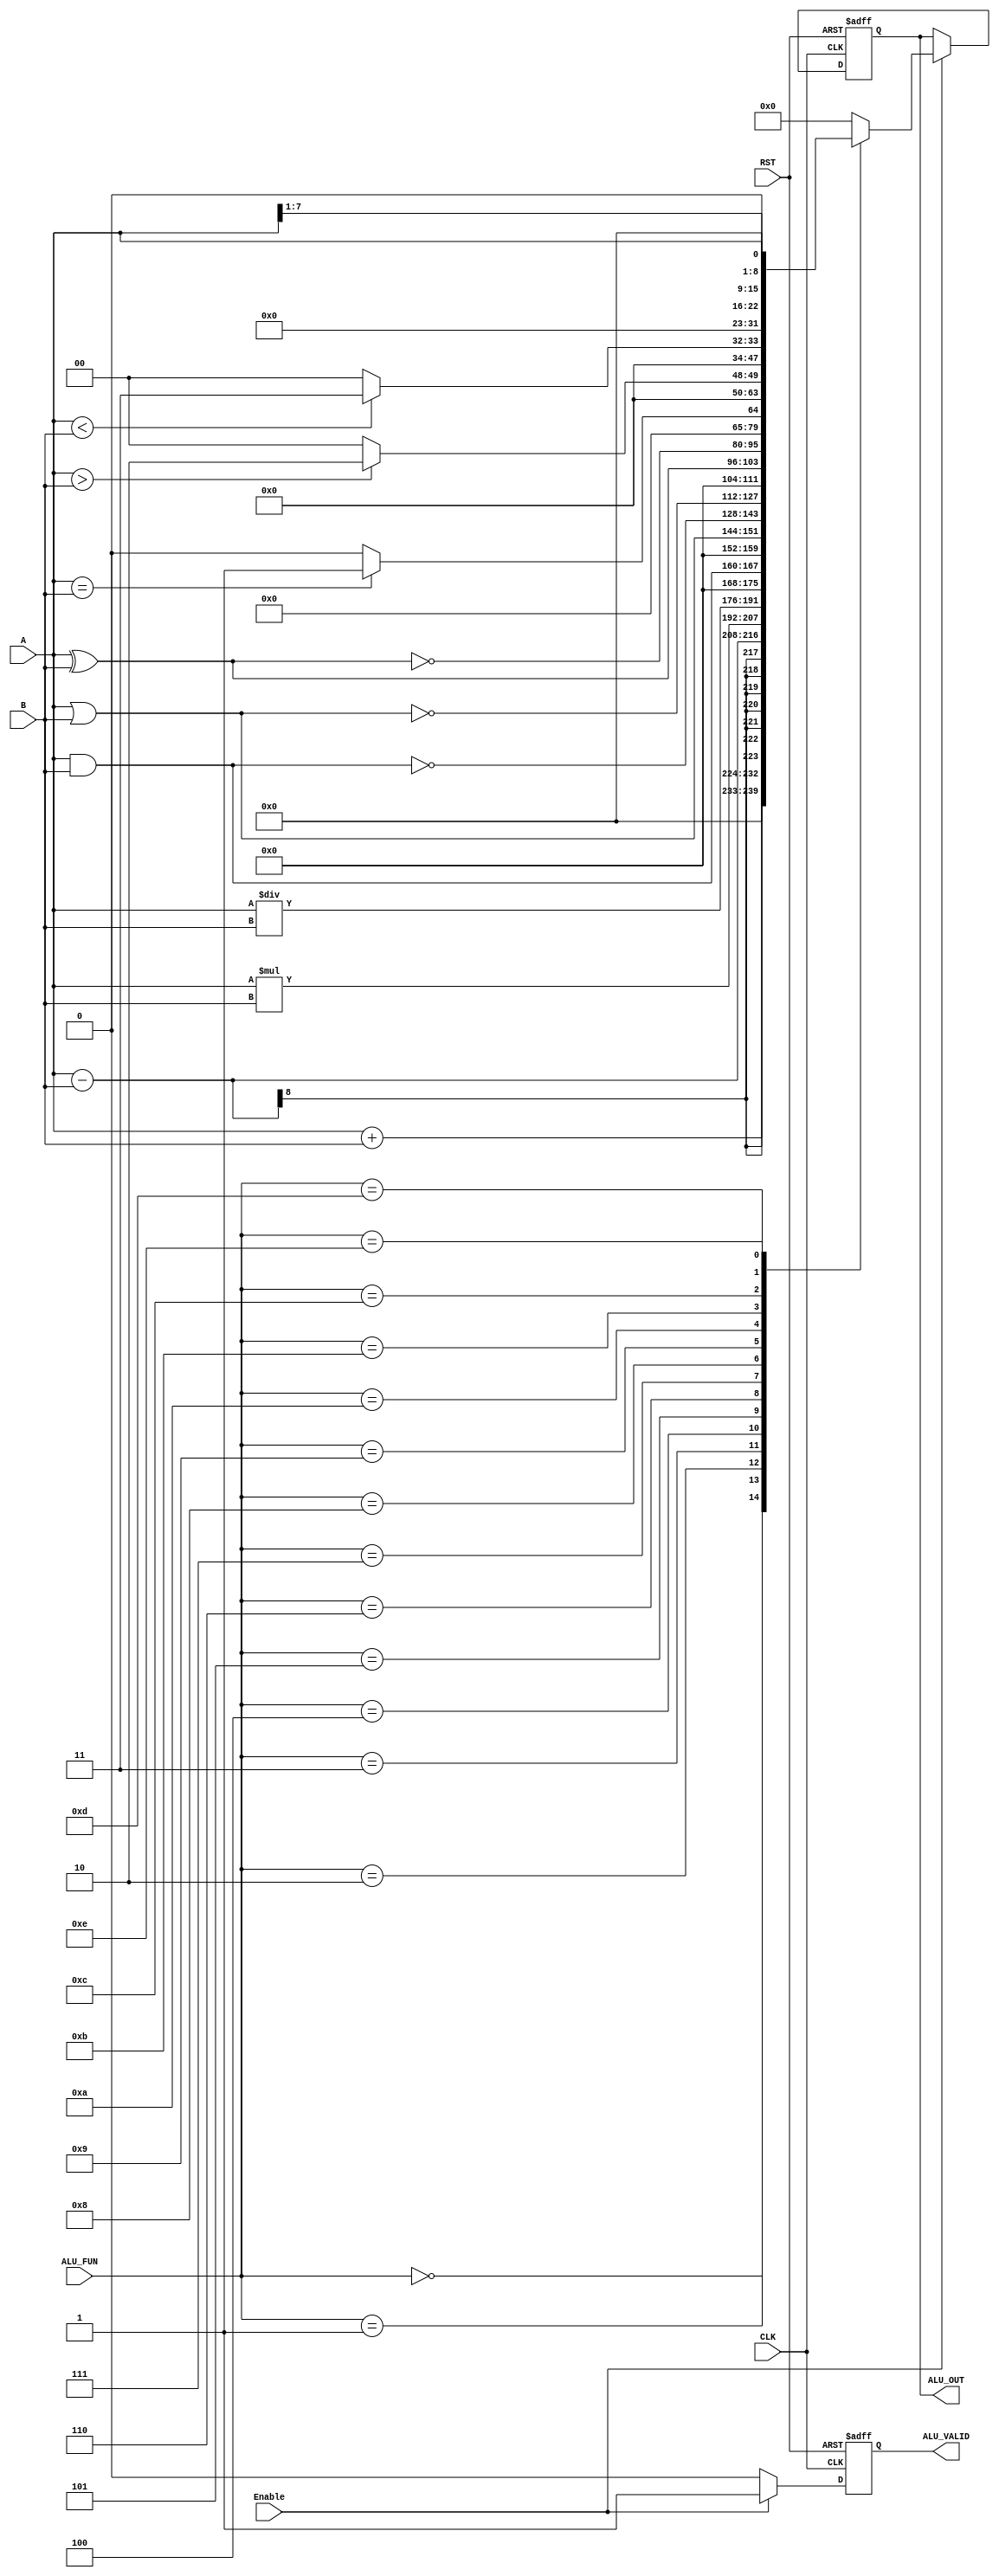
module ALU 
#(parameter IN_WIDTH  = 8  ,
  parameter OUT_WIDTH = 16 ,
  parameter FUN_WIDTH = 4  )

(
  input  wire [IN_WIDTH-1 : 0]  A         ,
  input  wire [IN_WIDTH-1 : 0]  B         ,

  input  wire [FUN_WIDTH-1 : 0] ALU_FUN   ,
  input  wire                   Enable    ,

  input  wire                   CLK       ,
  input  wire                   RST       ,


  output reg  [OUT_WIDTH-1 : 0] ALU_OUT   ,
  output reg                    ALU_VALID 
);


always @(posedge CLK or negedge RST) begin
  if (!RST) begin
      ALU_OUT   <=  'b0 ;
      ALU_VALID <= 1'b0 ;
  end

  else if (Enable) begin
    case (ALU_FUN)
      4'b0000: ALU_OUT <= A + B ;
      4'b0001: ALU_OUT <= A - B ;
      4'b0010: ALU_OUT <= A * B ;
      4'b0011: ALU_OUT <= A / B ;

      4'b0100: ALU_OUT <=  (A & B) ;
      4'b0101: ALU_OUT <=  (A | B) ;
      4'b0110: ALU_OUT <= ~(A & B) ;
      4'b0111: ALU_OUT <= ~(A | B) ;
      4'b1000: ALU_OUT <=  (A ^ B) ;
      4'b1001: ALU_OUT <= ~(A ^ B) ;

      4'b1010: ALU_OUT <= (A == B)? 'd1 : 'd0 ;
      4'b1011: ALU_OUT <= (A  > B)? 'd2 : 'd0 ;
      4'b1100: ALU_OUT <= (A <  B)? 'd3 : 'd0 ;

      4'b1101: ALU_OUT <= A >> 1 ;
      4'b1110: ALU_OUT <= A << 1 ;

      default: ALU_OUT <= 'b0 ;
    endcase    
    ALU_VALID <= 1'b1 ;
  end

  else begin
      ALU_OUT   <= ALU_OUT ;
      ALU_VALID <= 1'b0    ;    
  end
end

endmodule